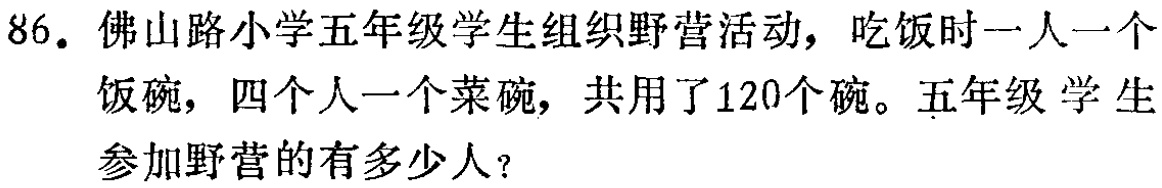
86. 佛山路小学五年级学生组织野营活动，吃饭时一人一个饭碗，四个人一个菜碗，共用了120个碗。五年级学生参加野营的有多少人？